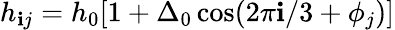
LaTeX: h_{\mathbf{i}j}=h_{0}[1+\Delta_{0}\cos(2\pi\mathbf{i}/3+\phi_{j})]